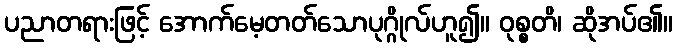
ပညာတရားဖြင့် အောက်မေ့တတ်သောပုဂ္ဂိုလ်ဟူ၍။ ဝုစ္စတိ၊ ဆိုအပ်၏။